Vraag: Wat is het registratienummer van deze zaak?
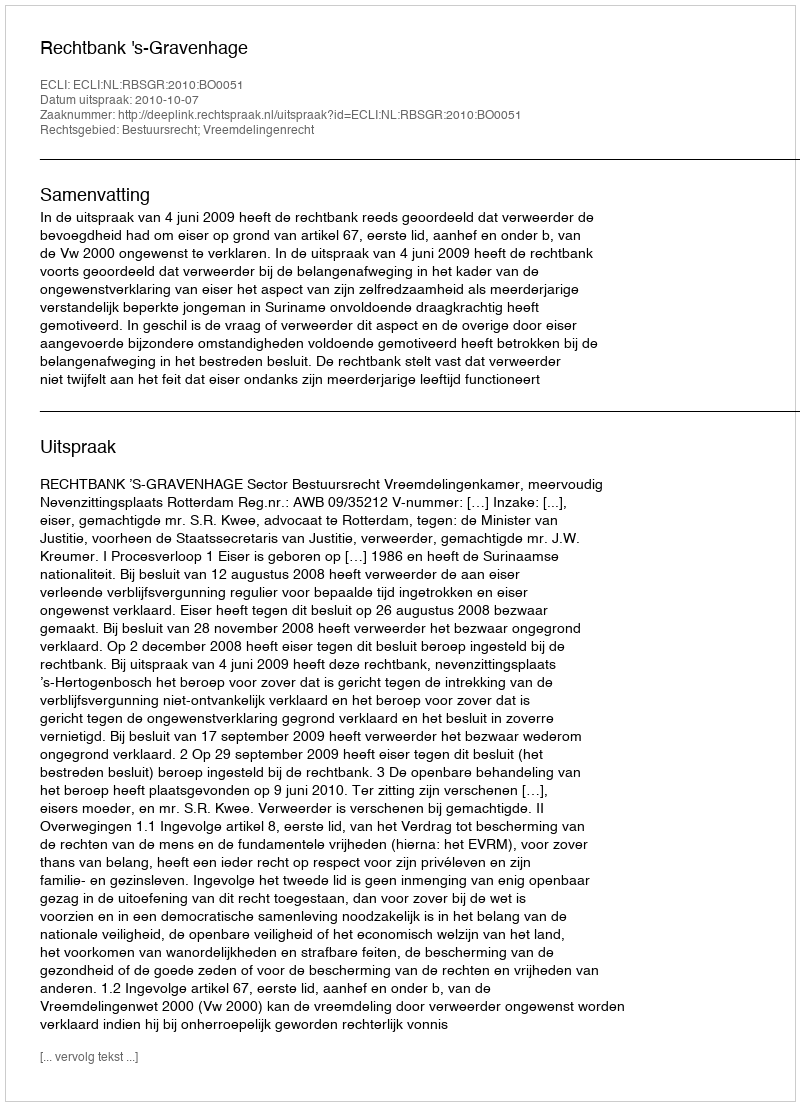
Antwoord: http://deeplink.rechtspraak.nl/uitspraak?id=ECLI:NL:RBSGR:2010:BO0051